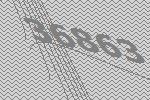
36863